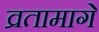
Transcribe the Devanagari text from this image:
व्रतामागे